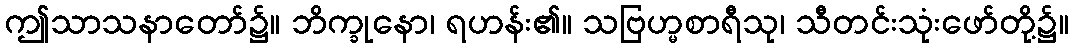
ဤသာသနာတော်၌။ ဘိက္ခုနော၊ ရဟန်း၏။ သဗြဟ္မစာရီသု၊ သီတင်းသုံးဖော်တို့၌။